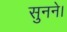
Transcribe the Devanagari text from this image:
सुनने।